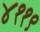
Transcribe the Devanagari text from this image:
४११९